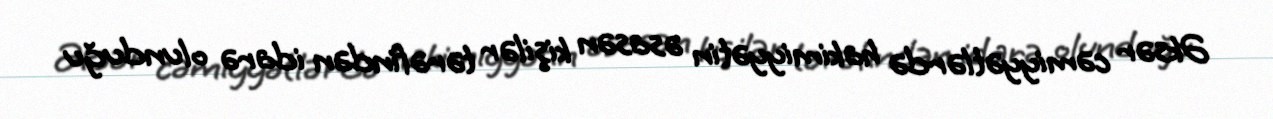
Əksər cəmiyyətlərdə hakimiyyətin əsasən kişilər tərəfindən idarə olunduğu